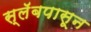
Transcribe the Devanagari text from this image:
स्लॅबपासून